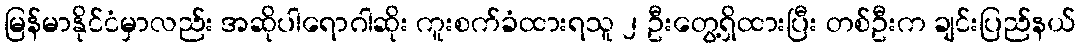
မြန်မာနိုင်ငံမှာလည်း အဆိုပါရောဂါဆိုး ကူးစက်ခံထားရသူ ၂ ဦးတွေ့ရှိထားပြီး တစ်ဦးက ချင်းပြည်နယ်